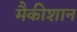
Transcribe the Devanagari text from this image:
मैकीशान